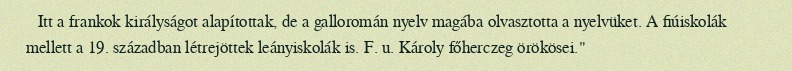
Itt a frankok királyságot alapítottak, de a galloromán nyelv magába olvasztotta a nyelvüket. A fiúiskolák mellett a 19. században létrejöttek leányiskolák is. F. u. Károly főherczeg örökösei."